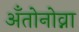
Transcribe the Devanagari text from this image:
अँतोनोव्ना